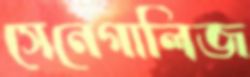
সেনেগালিজ